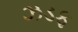
ઝડફ